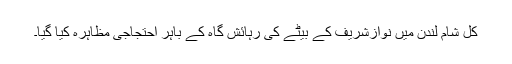
کل شام لندن میں نوازشریف کے بیٹے کی رہائش گاہ کے باہر احتجاجی مظاہرہ کیا گیا۔